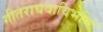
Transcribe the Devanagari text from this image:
गीतराघवाविर्भावः